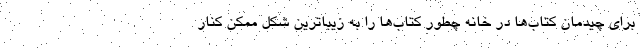
برای چیدمان کتاب‌ها در خانه چطور کتاب‌ها را به زیباترین شکل ممکن کنار